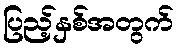
ပြည့်နှစ်အတွက်